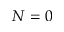
N = 0